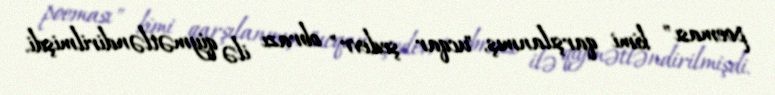
poeması" kimi qarşılanmış, "ucqar şedevr" obrazı ilə qiymətləndirilmişdi.